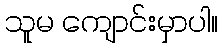
သူမ ကျောင်းမှာပါ။